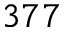
3 7 7